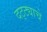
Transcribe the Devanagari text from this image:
दट्ट्याचे